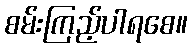
စမ်းကြည့်ပါရစေ။